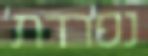
נפרדת